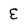
Character: E